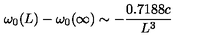
\omega _ { 0 } ( L ) - \omega _ { 0 } ( \infty ) \sim - { \frac { 0 . 7 1 8 8 c } { L ^ { 3 } } }